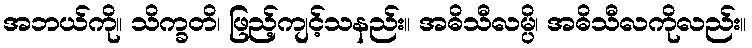
အဘယ်ကို။ သိက္ခတိ၊ ဖြည့်ကျင့်သနည်း။ အဓိသီလမ္ပိ၊ အဓိသီလကိုလည်း။